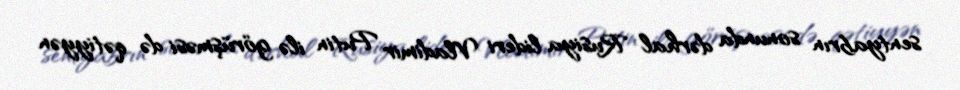
sentyabrın sonunda dərhal Rusiya lideri Vladimir Putin ilə görüşməsi də qətiyyən